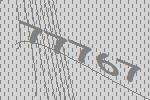
77767